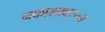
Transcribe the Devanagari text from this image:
नकाशावरून